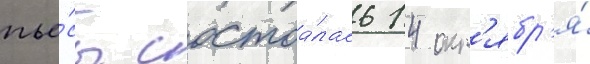
пье́сы состоа́лась 14 окт'ябр'я́